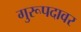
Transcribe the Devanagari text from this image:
गुरूपदावर